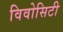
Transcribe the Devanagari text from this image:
विवोसिटी